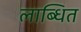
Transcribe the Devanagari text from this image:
लाब्धित